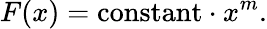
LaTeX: F(x)=\mathrm{constant}\cdot x^{m}.